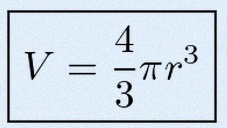
V=\frac43\pi r^3